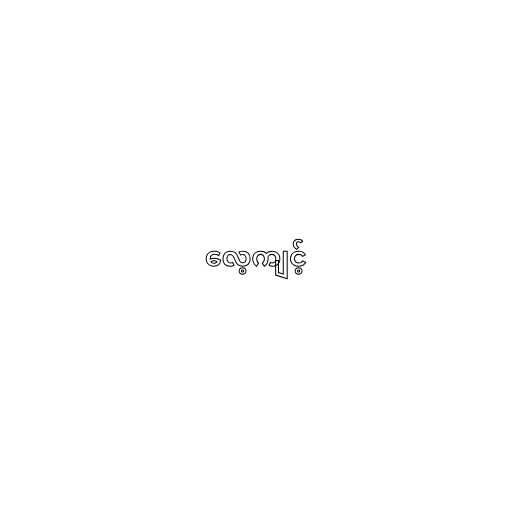
လေ့ကျင့်